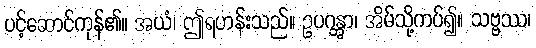
ပင့်ဆောင်ကုန်၏။ အယံ၊ ဤရဟန်းသည်။ ဥပဂန္တွာ၊ အိမ်သို့ကပ်၍။ သဗ္ဗဿ၊